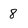
Character: 8